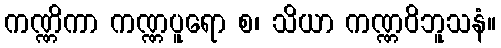
ကဏ္ဏိကာ ကဏ္ဏပူရော စ၊ သိယာ ကဏ္ဏဝိဘူသနံ။